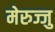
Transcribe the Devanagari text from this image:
मेरुज्जु